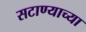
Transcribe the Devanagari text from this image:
सटाण्याच्या